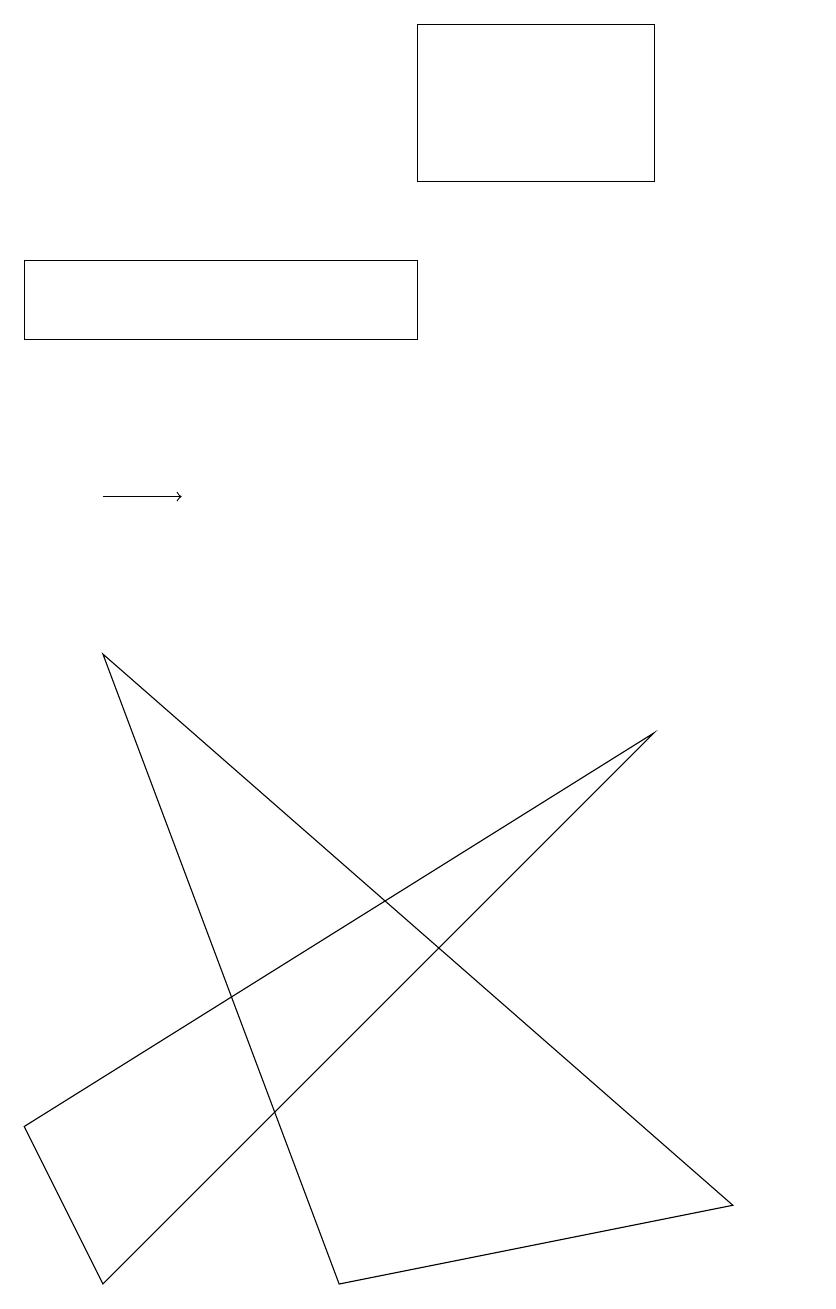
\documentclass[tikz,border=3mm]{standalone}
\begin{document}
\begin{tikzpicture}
\draw (1,8) -- (9,1) -- (4,0) -- cycle;
\draw (10,12) circle (0);
\draw (0,2) -- (8,7) -- (1,0) -- cycle;
\draw[->] (1,10) -- (2,10);
\draw (8,14) rectangle (5,16);
\draw (0,13) rectangle (5,12);
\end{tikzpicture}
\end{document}